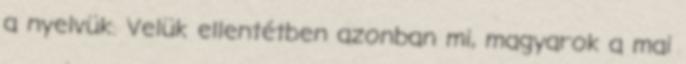
a nyelvük. Velük ellentétben azonban mi, magyarok a mai